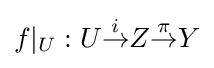
f|_{U}:U{\overset {i}{\to }}Z{\overset {\pi }{\to }}Y